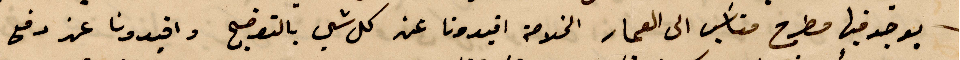
يوجد فيها مطرح مناسب الى العمار الخلاصه افيدونا عن كل شي بالتوضيح وافيدونا عن دفع